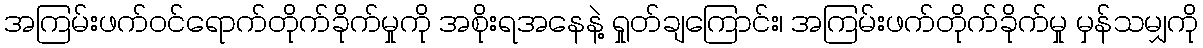
အကြမ်းဖက်ဝင်ရောက်တိုက်ခိုက်မှုကို အစိုးရအနေနဲ့ ရှုတ်ချကြောင်း၊ အကြမ်းဖက်တိုက်ခိုက်မှု မှန်သမျှကို